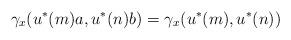
LaTeX: \begin{align*} \gamma_x(u^*(m)a,u^*(n)b) = \gamma_x(u^*(m),u^*(n)) \end{align*}